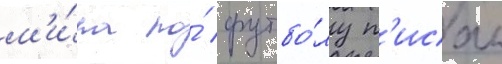
м'и́ра по́ футбо́лу п'исал